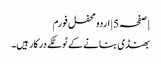
| صفحہ 5 | اردو محفل فورم
بھنڈی بنانے کے ٹوٹکے درکار ہیں۔